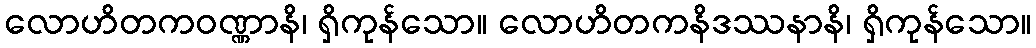
လောဟိတကဝဏ္ဏာနိ၊ ရှိကုန်သော။ လောဟိတကနိဒဿနာနိ၊ ရှိကုန်သော။